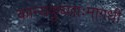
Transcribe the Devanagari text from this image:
कान्यकुब्जाःमागधीं